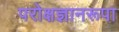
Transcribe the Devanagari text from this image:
परोक्षज्ञानरूपा